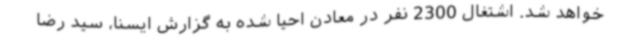
خواهد شد. اشتغال 2300 نفر در معادن احیا شده به گزارش ایسنا، سید رضا